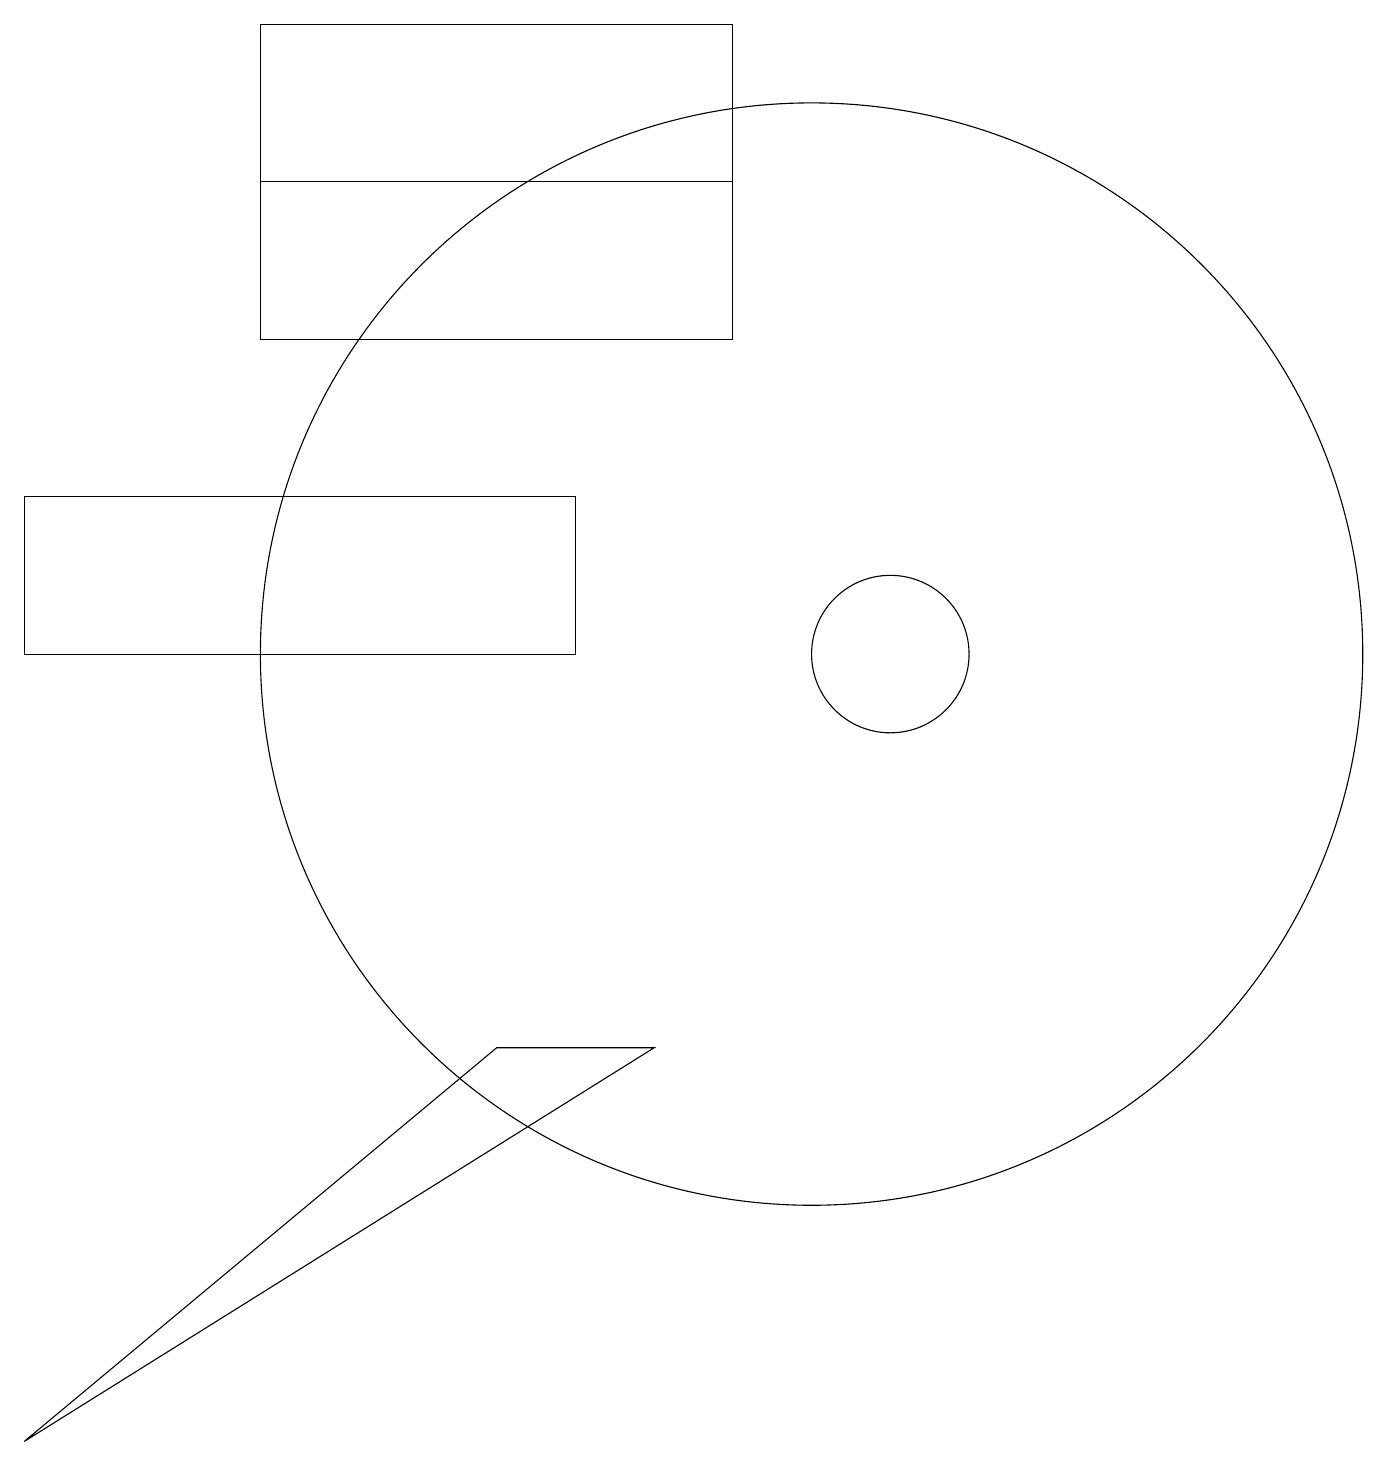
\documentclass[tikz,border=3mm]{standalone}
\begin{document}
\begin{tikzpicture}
\draw (6,6) -- (0,1) -- (8,6) -- cycle;
\draw (11,11) circle (1);
\draw (9,15) rectangle (3,17);
\draw (10,11) circle (7);
\draw (10,10) circle (0);
\draw (7,11) rectangle (0,13);
\draw (3,19) rectangle (9,15);
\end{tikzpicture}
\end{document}